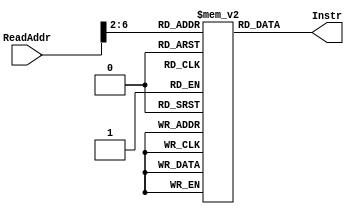
`timescale 1ns / 1ps
//////////////////////////////////////////////////////////////////////////////////
// Company: CMPEN 331
// 
// Design Name: 
// Module Name: InstrMem
// Project Name: 
// Target Devices: 
// Tool Versions: 
// Description: 
// 
// Dependencies: 
// 
// Revision:
// Revision 0.01 - File Created
// Additional Comments:
// 
//////////////////////////////////////////////////////////////////////////////////


module InstrMem(ReadAddr, Instr);

input [31:0] ReadAddr;
output reg [31:0] Instr;

reg [31:0] instructions [0:31];
integer i_count;

always@(ReadAddr) 
    Instr = instructions[ReadAddr >> 2];  
 
initial
begin
// (pc) label   instruction  
i_count= 0;

instructions[i_count] = 32'h3c010000;    // (00) main:   lui  $1, 0  
i_count= i_count+1;

instructions[i_count] = 32'h34240050;    // (04)         ori  $4, $1, 80  
i_count= i_count+1;

instructions[i_count] = 32'h20050004;    // (08)         addi $5, $0,  4  
i_count= i_count+1;

instructions[i_count] = 32'h0c000018;    // (0c) call:   jal  sum 
i_count= i_count+1;

instructions[i_count] =  32'hac820000;    // (10)         sw   $2, 0($4) 
i_count= i_count+1;

instructions[i_count] =  32'h8c890000;    // (14)         lw   $9, 0($4) 
i_count= i_count+1;

instructions[i_count] =  32'h01244022;    // (18)         sub  $8, $9, $4 
i_count= i_count+1;

instructions[i_count] =  32'h20050003;    // (1c)         addi $5, $0,  3 
i_count= i_count+1;

instructions[i_count] =  32'h20a5ffff;    // (20) loop2:  addi $5, $5, -1 
i_count= i_count+1;

instructions[i_count] =  32'h34a8ffff;    // (24)         ori  $8, $5, 0xffff 
i_count= i_count+1;

instructions[i_count] =  32'h39085555;    // (28)         xori $8, $8, 0x5555 
i_count= i_count+1;

instructions[i_count] =  32'h2009ffff;    // (2c)         addi $9, $0, -1 
i_count= i_count+1;

instructions[i_count] =  32'h312affff;    // (30)         andi $10,$9, 0xffff 
i_count= i_count+1;

instructions[i_count] =  32'h01493025;    // (34)         or   $6, $10, $9 
i_count= i_count+1;

instructions[i_count] =  32'h01494026;    // (38)         xor  $8, $10, $9 
i_count= i_count+1;

instructions[i_count] =  32'h01463824;    // (3c)         and  $7, $10, $6 
i_count= i_count+1;

instructions[i_count] =  32'h10a00001;    // (40)         beq  $5, $0, shift 
i_count= i_count+1;

instructions[i_count] =  32'h08000008;    // (44)         j    loop2  
i_count= i_count+1;

instructions[i_count] = 32'h2005ffff;    // (48) shift:  addi $5, $0, -1  
i_count= i_count+1;

instructions[i_count] = 32'h000543c0;    // (4c)         sll  $8, $5, 15 
i_count= i_count+1;

instructions[i_count] =  32'h00084400;    // (50)         sll  $8, $8, 16 
i_count= i_count+1;

instructions[i_count] =  32'h00084403;    // (54)         sra  $8, $8, 16 
i_count= i_count+1;

instructions[i_count] =  32'h000843c2;    // (58)         srl  $8, $8, 15 
i_count= i_count+1;

instructions[i_count] =  32'h08000017;    // (5c) finish: j    finish 
i_count= i_count+1;

instructions[i_count] =  32'h00004020;    // (60) sum:    add  $8, $0, $0 
i_count= i_count+1;

instructions[i_count] =  32'h8c890000;    // (64) loop:   lw   $9, 0($4) 
i_count= i_count+1;

instructions[i_count] =  32'h20840004;    // (68)         addi $4, $4,  4 
i_count= i_count+1;

instructions[i_count] =  32'h01094020;    // (6c)         add  $8, $8, $9 
i_count= i_count+1;

instructions[i_count] =  32'h20a5ffff;    // (70)         addi $5, $5, -1 
i_count= i_count+1;

instructions[i_count] =  32'h14a0fffb;    // (74)         bne  $5, $0, loop 
i_count= i_count+1;

instructions[i_count] =  32'h00081000;    // (78)         sll  $2, $8, 0 
i_count= i_count+1;

instructions[i_count] =  32'h03e00008;    // (7c)         jr   $31   

end
endmodule